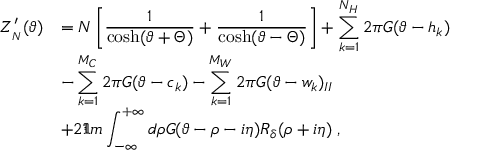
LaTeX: \begin{array} { r l } { { \displaystyle Z _ { _ { N } } ^ { \prime } ( \vartheta ) } } & { { = N \left[ \displaystyle \frac { 1 } { \cosh ( \vartheta + \Theta ) } + \displaystyle \frac { 1 } { \cosh ( \vartheta - \Theta ) } \right] + \displaystyle \sum _ { k = 1 } ^ { N _ { H } } 2 \pi G ( \vartheta - h _ { k } ) } } \\ { { } } & { { - \displaystyle \sum _ { k = 1 } ^ { M _ { C } } 2 \pi G ( \vartheta - c _ { k } ) - \displaystyle \sum _ { k = 1 } ^ { M _ { W } } 2 \pi G ( \vartheta - w _ { k } ) _ { I I } } } \\ { { } } & { { + 2 \Im m \displaystyle \int _ { - \infty } ^ { + \infty } d \rho G ( \vartheta - \rho - i \eta ) { \cal R } _ { \delta } ( \rho + i \eta ) \: , } } \end{array}